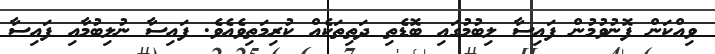
ވިއްކަން ފޮނުވުމުން ފައިސާ ލިބުމުގައި ބޮޑެތި ދަތިތަކެއް ކުރިމަތިވެއެވެ. ފައިސާ ނުލިބުމާއި ފައިސާ